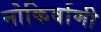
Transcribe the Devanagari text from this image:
नोकिर्वाणी